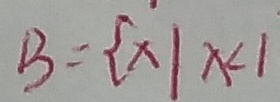
B = \{ x \vert x < 1